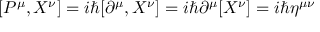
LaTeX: [ P ^ { \mu } , X ^ { \nu } ] = i \hbar [ \partial ^ { \mu } , X ^ { \nu } ] = i \hbar \partial ^ { \mu } [ X ^ { \nu } ] = i \hbar \eta ^ { \mu \nu }